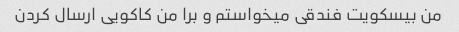
من بیسکویت فندقی میخواستم و برا من کاکویی ارسال کردن